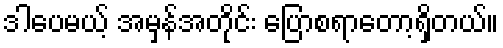
ဒါပေမယ့် အမှန်အတိုင်း ပြောစရာတော့ရှိတယ်။